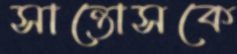
সান্তোসকে